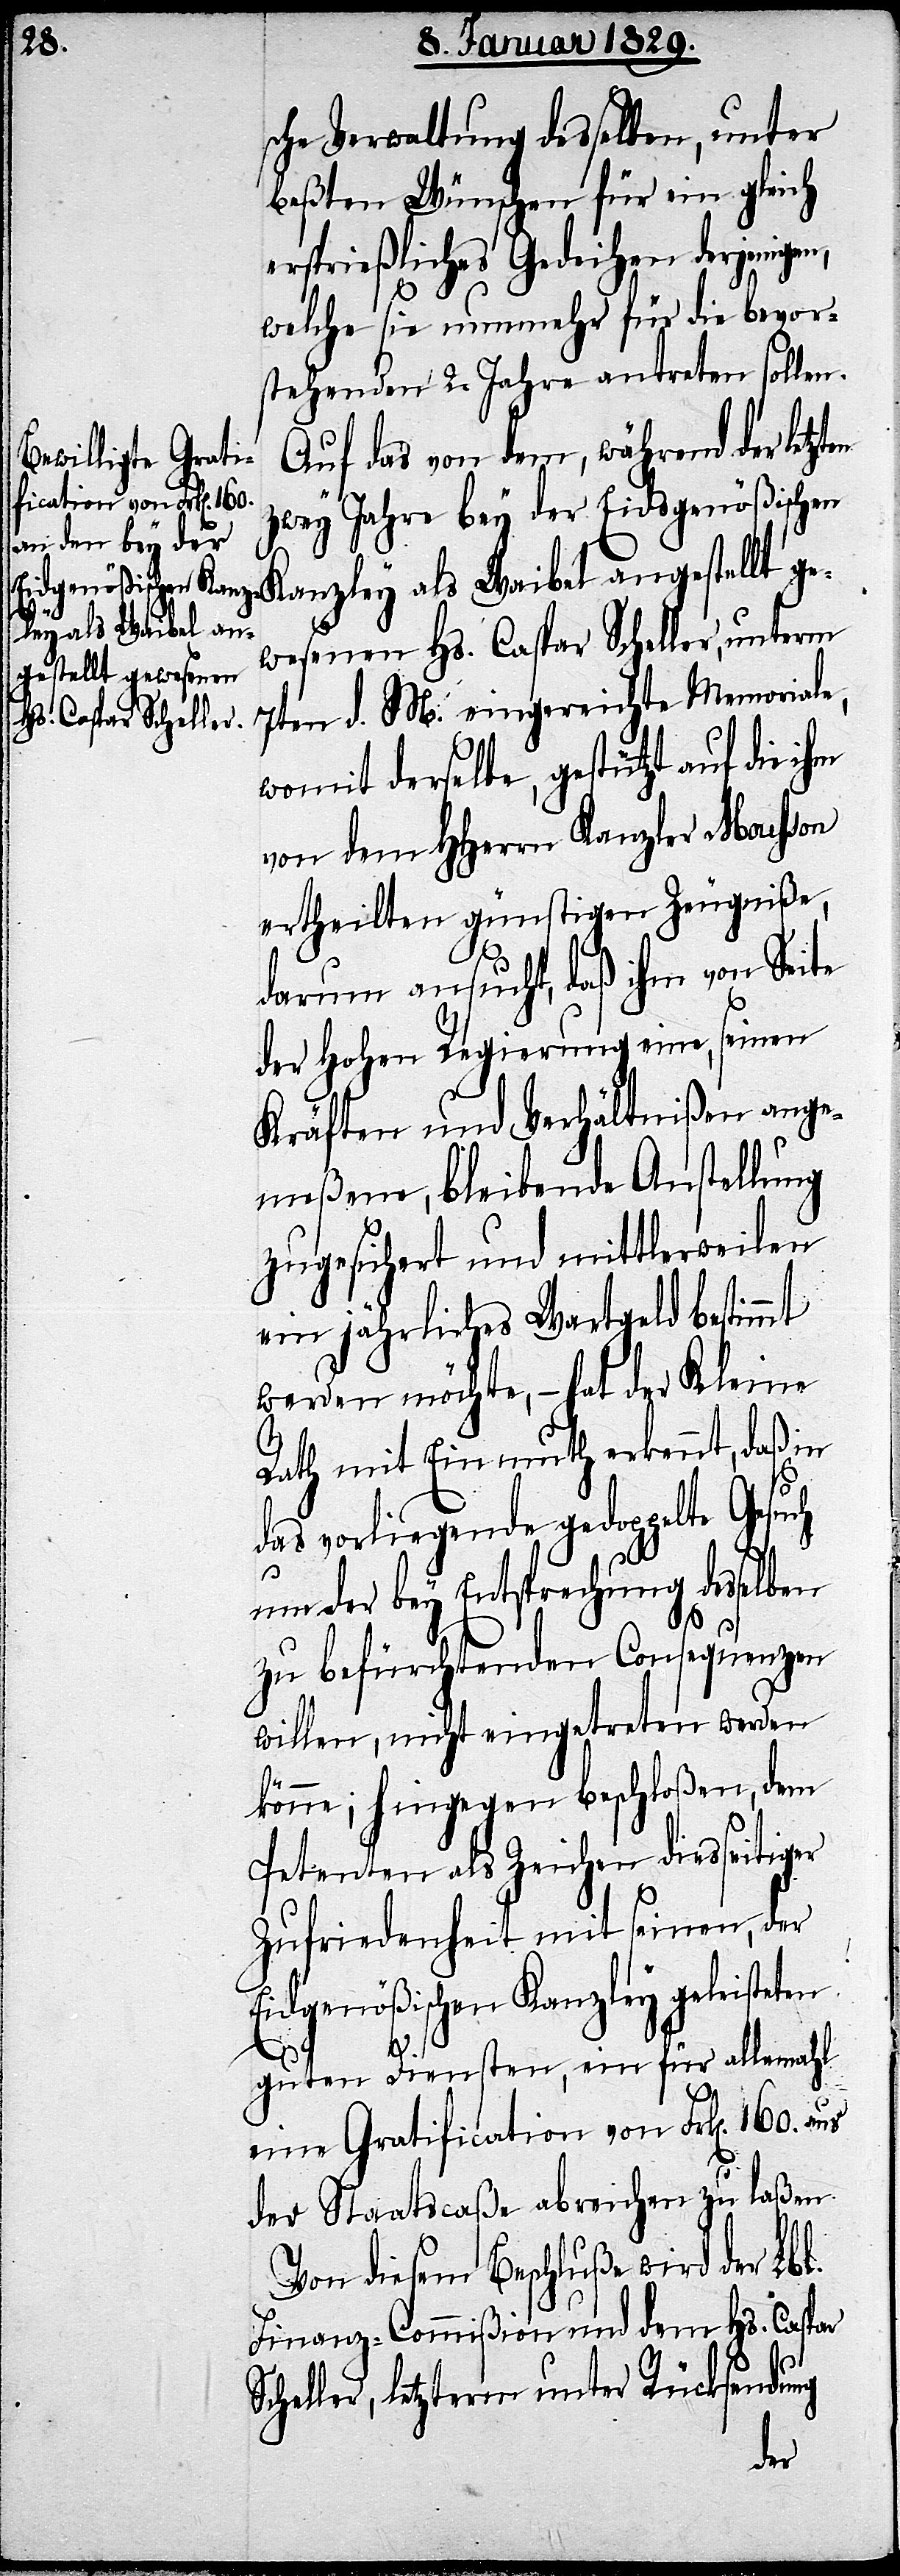
sche Verwaltung desselben, unter
beßten Wünschen für ein gleich
ersprießliches Gedeihen derjenige¬
welche sie nunmehr für die bevor¬
stehenden 2. Jahre antreten sollen.
Auf das von dem, während der letzt¬
zwey Jahre bey der Eidgenößischen
Kanzley als Waibel angestellt ge¬
wesenen Hs. Caspar Scheller, unterm
7ten d. M. eingereichte Memoriale,
womit derselbe, gestützt auf die ihm
von dem HHerrn Kanzler Mousson
ertheilten günstigen Zeugniße,
darum ansucht, daß ihm von Seite
der Hohen Regierung eine, seinen
Kräften und Verhältnißen ange¬
meßene, bleibende Anstellung
zugesichert und mittlerweilen
ein jährliches Wartgeld bestimmt
werden möchte,– hat der Kleine
Rath mit Einmuth erkennt, daß in
das vorliegende gedoppelte Gesuch
um der bey Entsprechung desselben
zu befürchtenden Consequenzen
willen, nicht eingetreten werden
könne; hingegen beschloßen, dem
Petenten als Zeichen diesseitig¬
Zufriedenheit mit seinen, der
Eidgenößischen Kanzley geleisteten
n,
guten Diensten, ein für allemahl
eine Gratification von Frk[en]. 160. aus
der Staatscaße abreichen zu laßen.
Von diesem Beschluße wird der Lbl.
Finanz-Commißion und dem Hs. Caspar
Scheller, letzterm unter Rücksendung
er